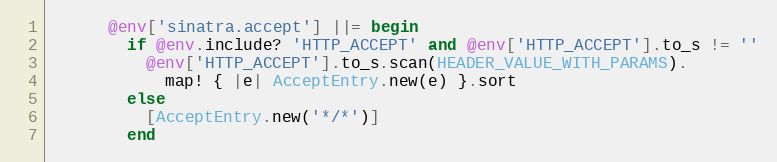
Language: Ruby
      @env['sinatra.accept'] ||= begin
        if @env.include? 'HTTP_ACCEPT' and @env['HTTP_ACCEPT'].to_s != ''
          @env['HTTP_ACCEPT'].to_s.scan(HEADER_VALUE_WITH_PARAMS).
            map! { |e| AcceptEntry.new(e) }.sort
        else
          [AcceptEntry.new('*/*')]
        end